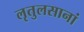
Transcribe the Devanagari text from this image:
लृतुलसानां